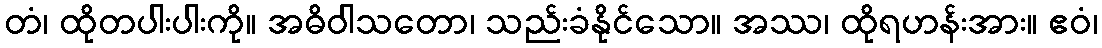
တံ၊ ထိုတပါးပါးကို။ အဓိဝါသတော၊ သည်းခံနိုင်သော။ အဿ၊ ထိုရဟန်းအား။ ဧဝံ၊